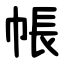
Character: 帳